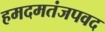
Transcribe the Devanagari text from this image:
हमदमतंजपवद